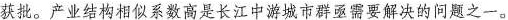
获批。产业结构相似系数高是长江中游城市群亟需要解决的问题之一。